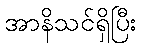
အာနိသင်ရှိပြီး